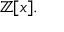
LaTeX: \mathbb { Z } [ x ] .